Revision of Machinery of Youth Service Scheme, 1942
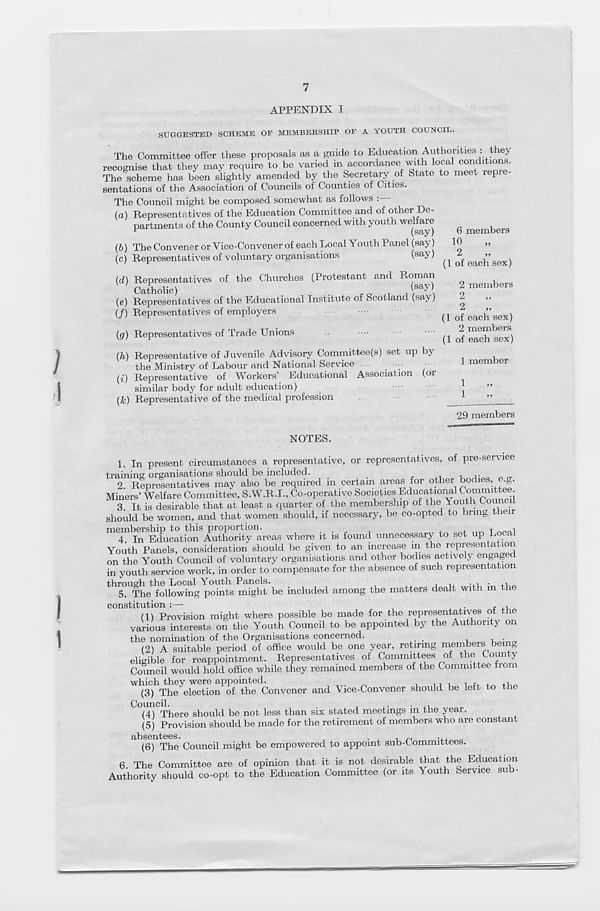
7
APPENDIX I
SUGGESTED SCHEME OF MEMBERSHIP OF A YOUTH COUNCIL.
The Committee offer these proposals as a guide to Education Authorities : they
recognise that they mav require to be varied in accordance with local conditions.
The ^scheme has been slightly amended by the Secretary of State to meet repre-
sentations of the Association of Councils of Counties of Cities.
The Council might be composed somewhat as follows :
(a) Representatives of the Education Committee and of other De-
partments of the County Council concerned with youth welfare
F
(say)
(b) The Convener or Vice-Convener of each Local Youth Panel (say)
(c) Representatives of voluntary organisations
(say)
(d) Representatives of the Churches (Protestant and Roman
Catholic)
(say)
(e) Representatives of the Educational Institute of Scotland (sa> )
(/) Representatives of employers
(g) Representatives of Trade Unions
(h) Representative of Juvenile Advisory Committee(s) set up by
the Ministry of Labour and National Service
••
(i) Representative of Workers’ Educational Association (or
similar body for adult education)
(&) Representative of the medical profession
6 members
10
2
(1 of each sex)
2 members
2
2
(1 of each sex)
2 members
(1 of each sex)
1 member
1
1
29 members
NOTES.
1. In present circumstances a representative, or representatives, of pre-service
training organisations should be included.
,
2. Representatives may also be required in certain areas for other bodies, e.g.
Miners’ Welfare Committee, S.W.R.I., Co-operative Societies Educational Committee.
3 It is desirable that at least a quarter of the membership of the Youth Council
should be women, and that women should, if necessary, be co-opted to bring their
membership to this proportion.
^
^
r
4. In Education Authority areas where it is found unnecessary to set up Lo
Youth Panels, consideration should be given to an increase m the representation
on the Youth Council of voluntary organisations and other bodies actively engage
in youth service work, in order to compensate for the absence of such representation
through the Local Youth Panels.
.
.
5. The following points might be included among the matters dealt with m the
constitution :—
. ,
(1) Provision might where possible be made for the representatives of the
various interests on the Youth Council to be appointed by the Authority on
the nomination of the Organisations concerned.
,
(2) A suitable period of office would be one year, retiring members being
eligible for reappointment. Representatives of Committees of the County
Council would hold office while they remained members of the Committee from
which they were appointed.
(3) The election of the Convener and Vice-Convener should be left to the
Council.
.
,
,.
. ,,
(4) There should be not less than six stated meetings m the year.
(5) Provision should be made for the retirement of members who are constant
(6) The Council might be empowered to appoint sub-Committees.
6. The Committee are of opinion that it is not desirable that the Education
Authority should co-opt to the Education Committee (or its Youth Service sub-